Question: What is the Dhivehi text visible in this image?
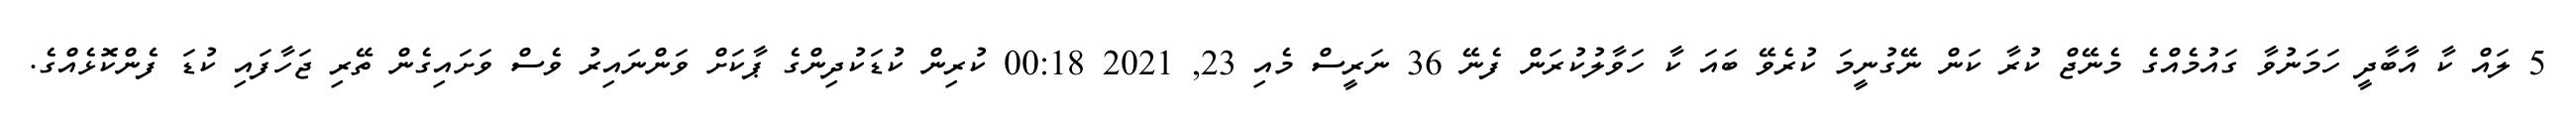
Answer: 5 ލައް ކާ އާބާދީ ހަމަނުވާ ގައުމެއްގެ މެނޭޖް ކުރާ ކަން ނޭގުނީމަ ކުރެވޭ ބައަ ކާ ހަވާލުކުރަން ފެނޭ 36 ނަރީސް މެއި 23, 2021 00:18 ކުރިން ކުޑަކުދިންގެ ޕާކަށް ވަންނައިރު ވެސް ވަށައިގެން ތޭރި ޖަހާފައި ކުޑަ ފެންކޮޅެއްގެ.